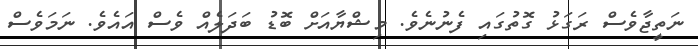
ނަތީޖާވެސް ރަގަޅު ގޮތުގައި ފެނުނެވެ. މިޝްޔާއަށް ބޮޑު ބަދަލެއް ވެސް އައެވެ. ނަމަވެސް